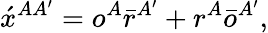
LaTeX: \acute{x}^{AA^{\prime}}=o^{A}\bar{r}^{A^{\prime}}+r^{A}\bar{o}^{A^{\prime}},